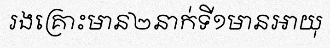
រងគ្រោះមាន២នាក់ទី១មានអាយុ